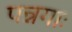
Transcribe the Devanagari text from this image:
पन्नगाः